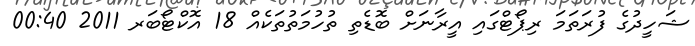
ޝަހީދުގެ ފުރަތަމަ ރިޕޯޓްގައި އީރާނަށް ބޮޑެތި ތުހުމަތުތަކެއް 18 އޮކްޓޯބަރ 2011 00:40